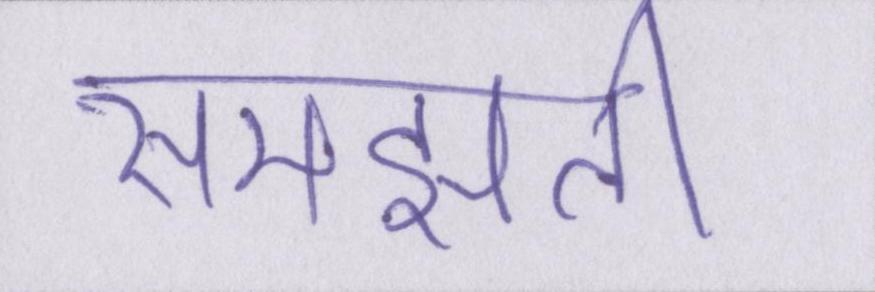
समझती